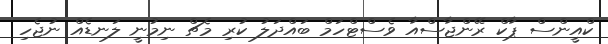
ކްއީންސް ޕާކް ރޭންޖާސްއާ ވެސްޓްހަމް ބައްދަލު ކުރި މެޗް ނިމުނީ ލަނޑެއް ނުޖެހި